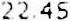
22.45